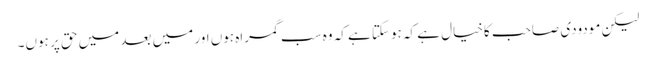
لیکن مودودی صاحب کاخیال ہے کہ ہوسکتا ہے کہ وہ سب گمراہ ہوں اور میں بعد میں حق پر ہوں۔